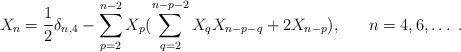
LaTeX: \begin{align*}X_{n} = \frac{1}{2}\delta_{n,4} - \sum_{p=2}^{n-2}X_{p}(\sum_{q=2}^{n-p-2}X_{q}X_{n-p-q} + 2X_{n-p}), \;\;\;\;\;\; n = 4,6,\ldots\;. \end{align*}